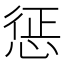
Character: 惩